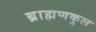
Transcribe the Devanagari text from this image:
ब्राह्मणकुल